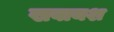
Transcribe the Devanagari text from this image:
खवायश